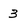
Character: 3